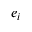
e _ { i }